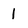
Character: 1